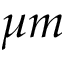
\mu m